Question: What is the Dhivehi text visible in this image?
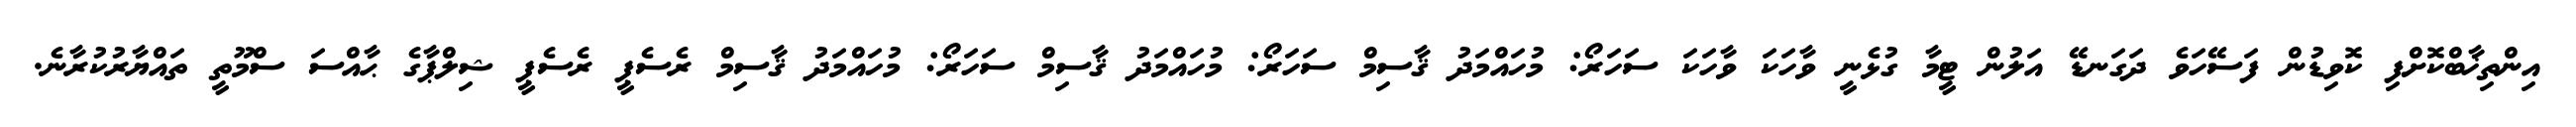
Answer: އިންތިޚާބްކޮށްފި ކޮވިޑުން ފަސޭހަވެ ދަގަނޑޭ އަލުން ޓީމާ ގުޅެނީ ވާހަކަ ވާހަކަ ސަހަރޯ: މުހައްމަދު ޤާސިމް ސަހަރޯ: މުހައްމަދު ޤާސިމް ސަހަރޯ: މުހައްމަދު ޤާސިމް ރެސެޕީ ރެސެޕީ ޝިލްޕާގެ ޙާއްސަ ސްމޫތީ ތައްޔާރުކުރާނެ.